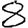
Digit: 8